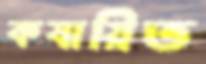
কষায়িত